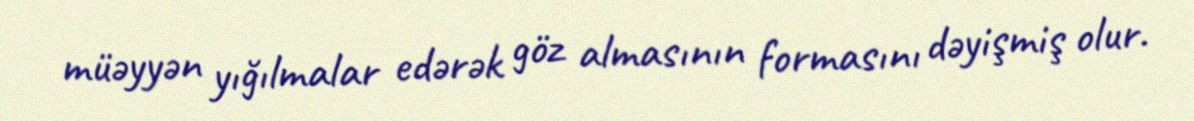
müəyyən yığılmalar edərək göz almasının formasını dəyişmiş olur.